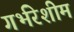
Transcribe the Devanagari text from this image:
गर्भरेशीम